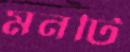
মনটি